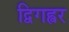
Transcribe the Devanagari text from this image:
द्विगह्वर